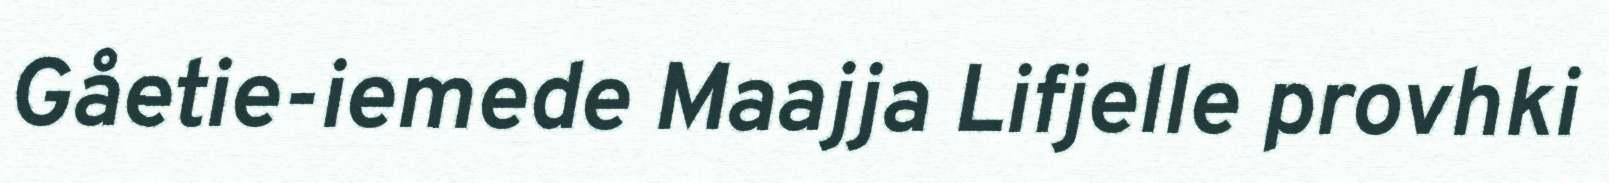
Gåetie-iemede Maajja Lifjelle provhki